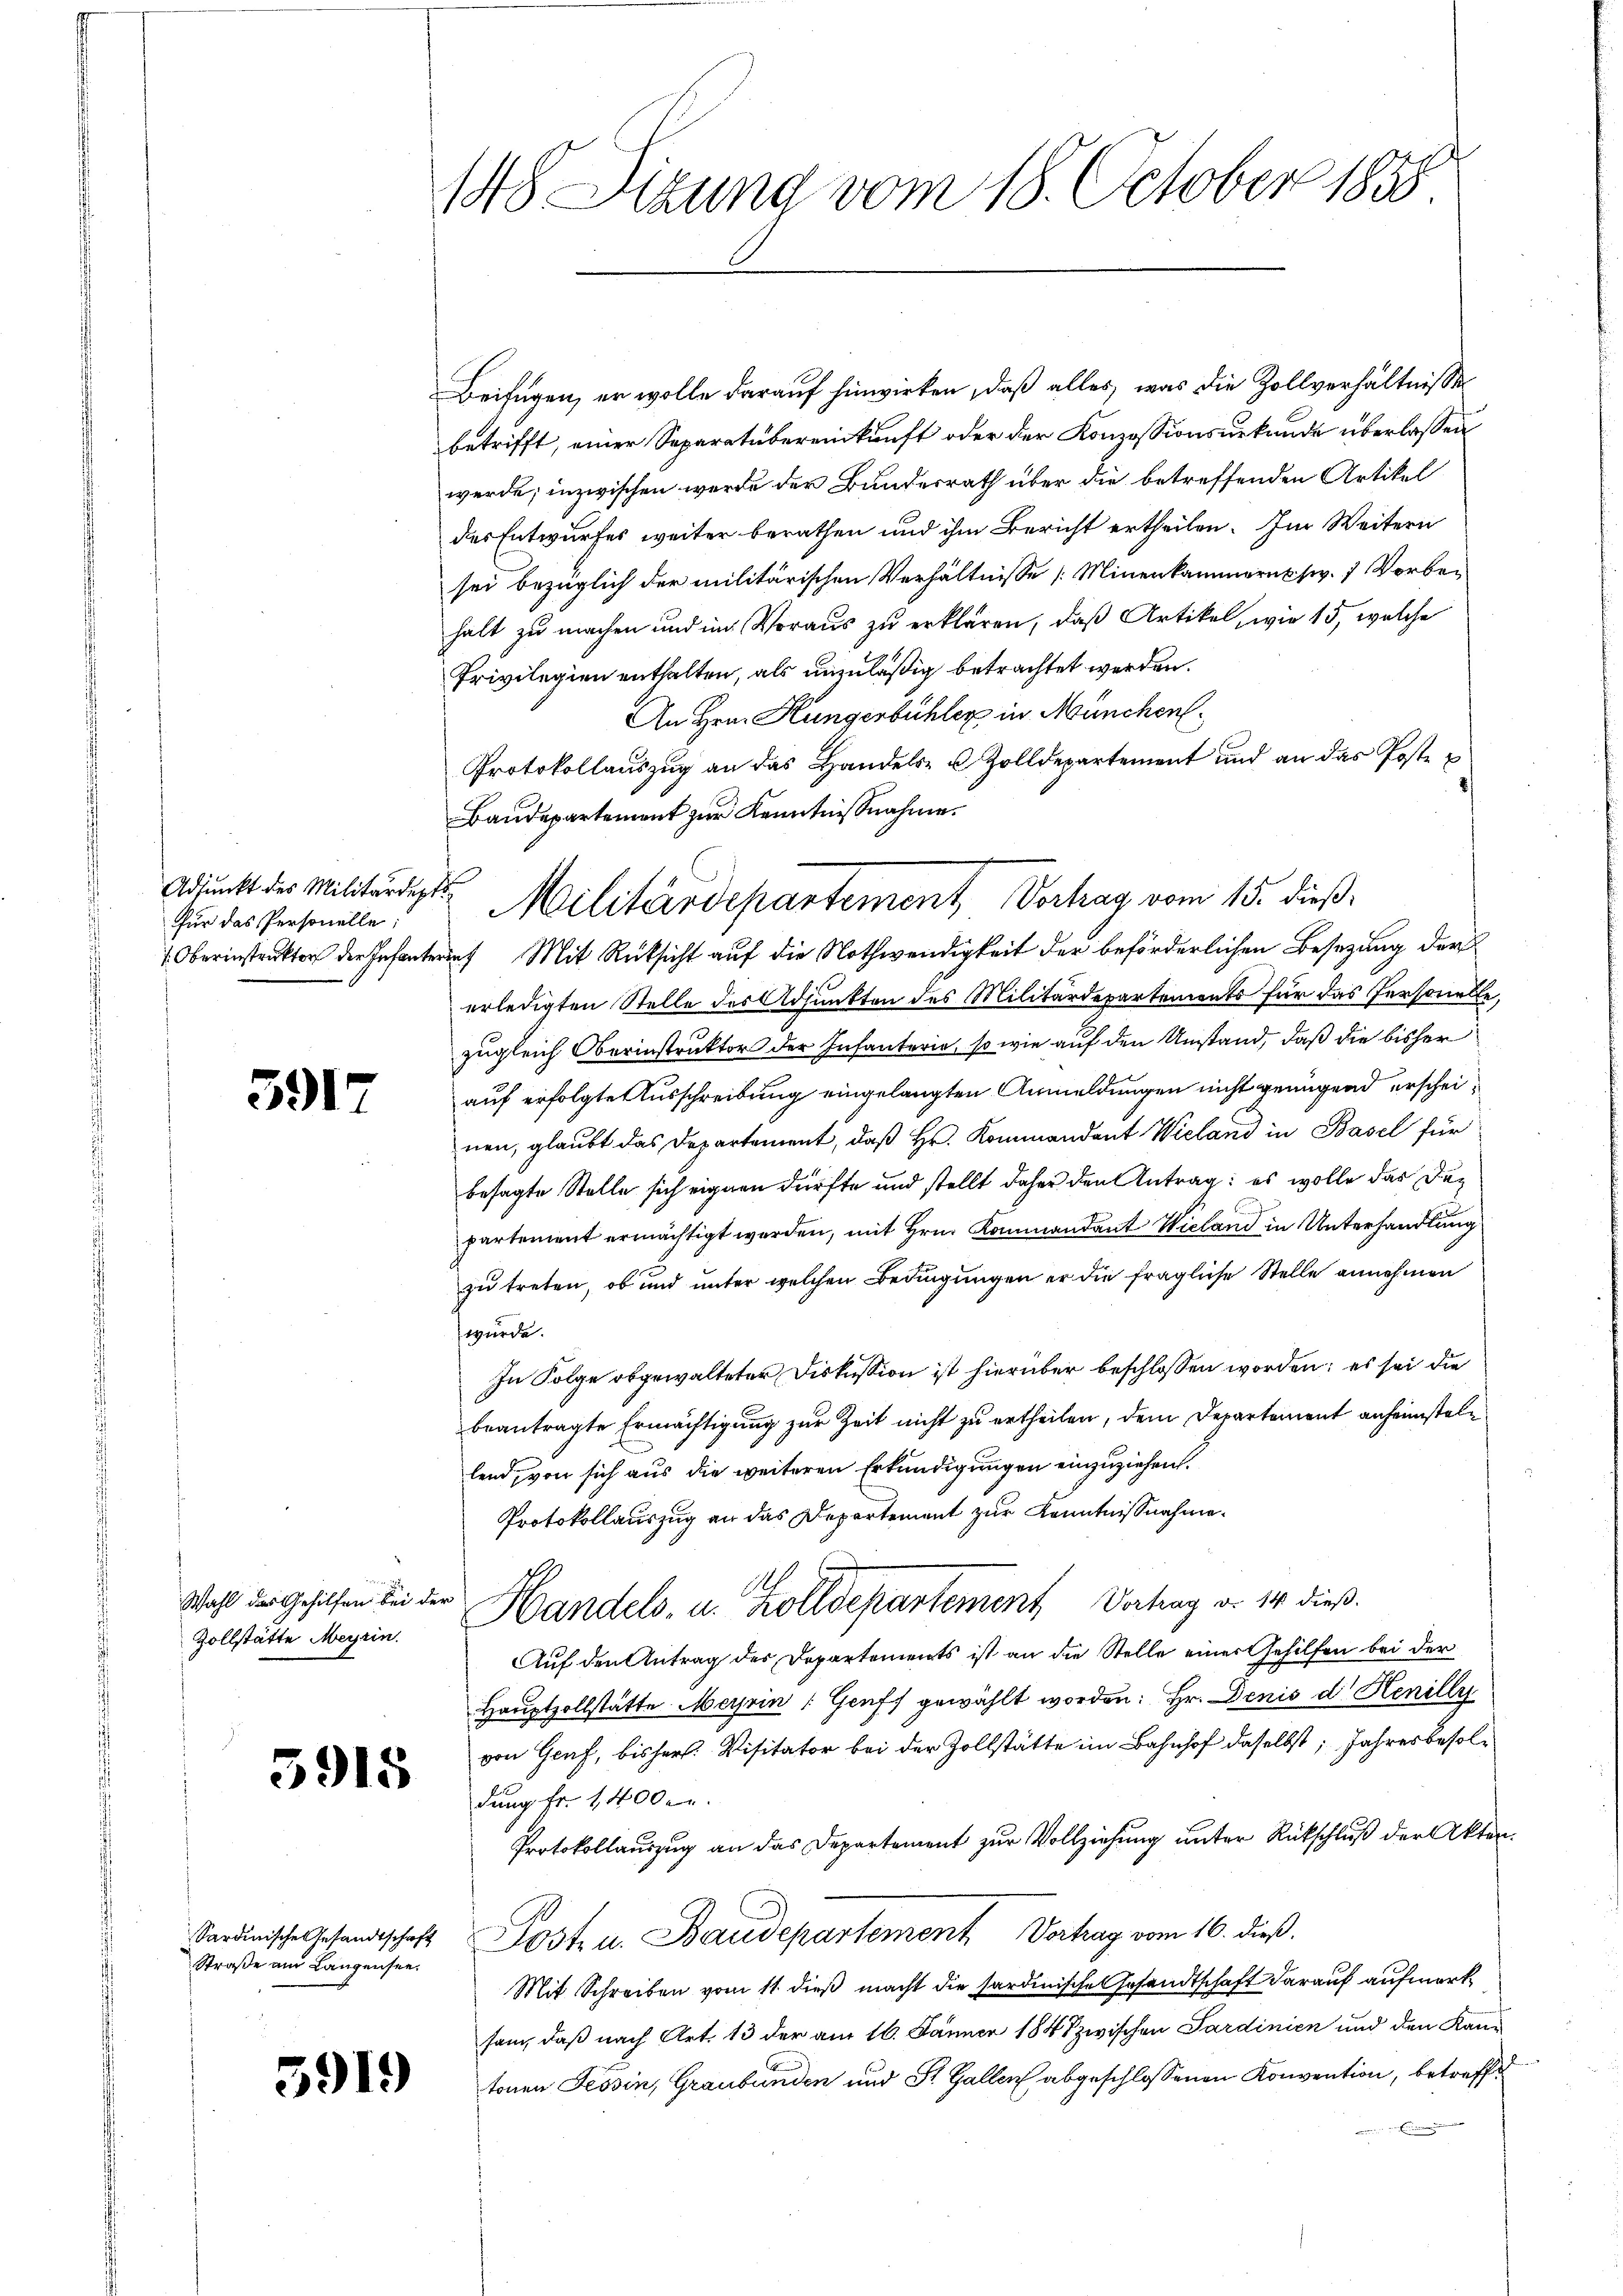
Adjunkt des Militärdeptsfür das Personelle:

3917

Wahl das Gehilfen bei der
Zollstätte Meyrin.

3915

Straße am Langensee.

5919

148 Sizung vom 18. October 1858

Beifügen, er wolle darauf hinwirken, daß alles, was die Zollverhältnisse
betrifft, einer Separatübereinkunft oder der Konzessionsurkunde überlassen
werde; inzwischen werde der Bundesrath über die betreffenden Artikel
des Entwurfes weiter berathen und ihm Bericht ertheilen. Im Weitern
sei bezüglich der militärischen Verhältnisse [Minenkammernsw. 7 Vorbehalt zu machen und im Voraus zu erklären, daß Artikel, wie 15, welche
Privilegien enthalten, als unzuläßig betrachtet werden.
An Hrn. Hungerbühler in München.
Protokollaŭszŭg an das Handels- u Zolldepartement und an das Poste
Baudepartement zur Kenntnißnahme.
 Oberinstruktor der Infanterint. Mit Rücksicht auf die Nothwendigkeit der beförderlichen Besezung der
erledigten Stelle des Adjunkten des Militärdepartements für das Personelle,
zugleich Oberinstruktor der Infanterie, so wie auf den Umstand, daß die bisher
auf erfolgte Ausschreibung eingelangten Anmeldungen nicht genügend erscheinen, glaubt das Departement, daß Hr. Kommendant Wieland in Basel für
besagte Stelle sich eignen dürfte und stellt daher den Antrag: es wolle das Departement ermächtigt werden, mit Hrn. Kommandant Wieland in Unterhandlung
zu treten, ob und unter welchen Bedingungen er die fragliche Stelle annehmen
wurde.
In Folge abgewalteter Diskussion ist hierüber beschlossen worden; es sei die
beantragte Ermächtigung zur Zeit nicht zu ertheilen, dem Departement anheimstellend, von sich aus die weiteren Erkundigungen einzuziehen.
Protokollauszug an das Departement zur Kenntnißnahme.
1
Handels, u. Zolldepartement Verhag d. 14 dieß.
Auf den Antrag des Departements ist an die Stelle einer Gehilfen bei der
Hauptzollstätte Meyrin (Genff gewählt worden: Hr. Denis d. Henille
von Graf, bisher. Visitator bei der Zollstätte im Bahnhof daselbst, Jahresbesoldung fr. 1400.
Protokollauszug an das Departement zur Vollziehung unter Rückschluß der Akten.
Sardinische Gesandtschaft Post u. Baudepartement Vertrag vom 16. dieß.
Mit Schreiben vom 11. dieß macht die sardinische Gesandtschaft darauf aufmerk
sam, daß nach Art. 13 der am 16. Jänner 1848 zwischen Sardinien und den Kantonen Tessin, Graubünden und St. Gallen abgeschlossenen Konvention, betreffe

Militärdepartement Verhag vom 15. dieß